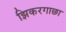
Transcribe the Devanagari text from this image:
झिकरगाछा